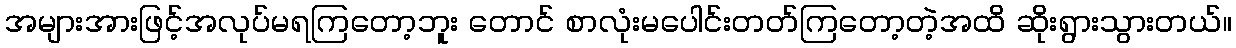
အများအားဖြင့်အလုပ်မရကြတော့ဘူး တောင် စာလုံးမပေါင်းတတ်ကြတော့တဲ့အထိ ဆိုးရွားသွားတယ်။